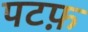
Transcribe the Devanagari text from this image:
पटफ़